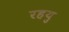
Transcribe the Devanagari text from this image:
रहयु